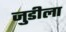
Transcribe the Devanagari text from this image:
जुडीला